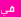
في